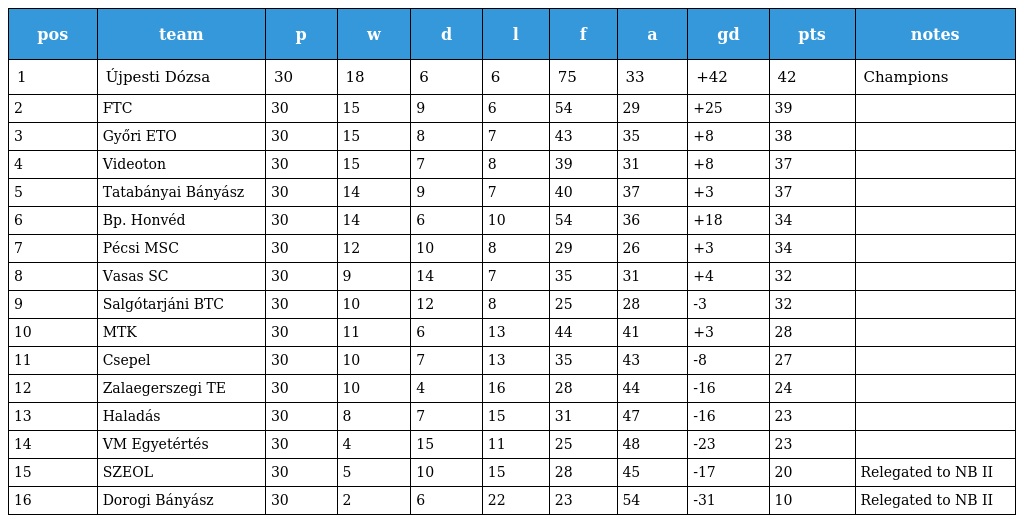
| pos | team | p | w | d | l | f | a | gd | pts | notes |
 | --- | --- | --- | --- | --- | --- | --- | --- | --- | --- | --- |
 | 1 | Újpesti Dózsa | 30 | 18 | 6 | 6 | 75 | 33 | +42 | 42 | Champions |
 | 2 | FTC | 30 | 15 | 9 | 6 | 54 | 29 | +25 | 39 |  |
 | 3 | Győri ETO | 30 | 15 | 8 | 7 | 43 | 35 | +8 | 38 |  |
 | 4 | Videoton | 30 | 15 | 7 | 8 | 39 | 31 | +8 | 37 |  |
 | 5 | Tatabányai Bányász | 30 | 14 | 9 | 7 | 40 | 37 | +3 | 37 |  |
 | 6 | Bp. Honvéd | 30 | 14 | 6 | 10 | 54 | 36 | +18 | 34 |  |
 | 7 | Pécsi MSC | 30 | 12 | 10 | 8 | 29 | 26 | +3 | 34 |  |
 | 8 | Vasas SC | 30 | 9 | 14 | 7 | 35 | 31 | +4 | 32 |  |
 | 9 | Salgótarjáni BTC | 30 | 10 | 12 | 8 | 25 | 28 | -3 | 32 |  |
 | 10 | MTK | 30 | 11 | 6 | 13 | 44 | 41 | +3 | 28 |  |
 | 11 | Csepel | 30 | 10 | 7 | 13 | 35 | 43 | -8 | 27 |  |
 | 12 | Zalaegerszegi TE | 30 | 10 | 4 | 16 | 28 | 44 | -16 | 24 |  |
 | 13 | Haladás | 30 | 8 | 7 | 15 | 31 | 47 | -16 | 23 |  |
 | 14 | VM Egyetértés | 30 | 4 | 15 | 11 | 25 | 48 | -23 | 23 |  |
 | 15 | SZEOL | 30 | 5 | 10 | 15 | 28 | 45 | -17 | 20 | Relegated to NB II |
 | 16 | Dorogi Bányász | 30 | 2 | 6 | 22 | 23 | 54 | -31 | 10 | Relegated to NB II |